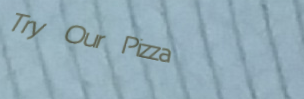
Try Our Pizza